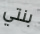
بنتي